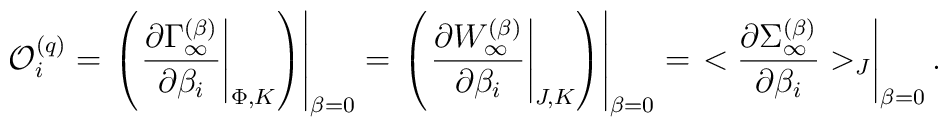
{\cal O}_i^{(q)}=\left.\left(\left.{\partial \Gamma_\infty^{(\beta)}\over \partial \beta_i}\right|_{\Phi,K}\right)\right|_{\beta=0}=\left.\left(\left.{\partial W_\infty^{(\beta)}\over \partial \beta_i}\right|_{J,K}\right)\right|_{\beta=0}=\left. <{\partial\Sigma_\infty^{(\beta)}\over \partial \beta_i}>_J\right|_{\beta=0}.